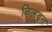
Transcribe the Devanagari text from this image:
चिलड्रन